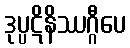
ဒုပ္ပဋိနိဿဂ္ဂီပေ